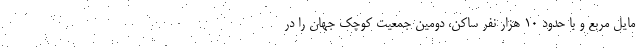
مایل مربع و با حدود ۱۰ هزار نفر ساکن، دومین جمعیت کوچک جهان را در